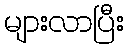
များလာပြီး